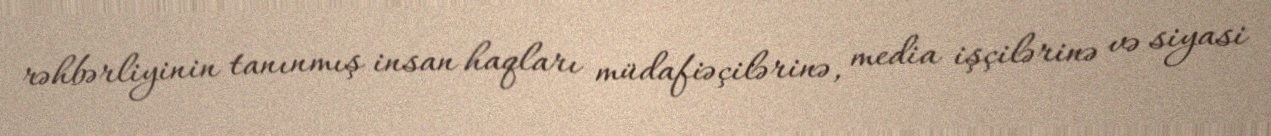
rəhbərliyinin tanınmış insan haqları müdafiəçilərinə, media işçilərinə və siyasi